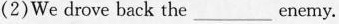
(2)We drove back the ___ enemy.